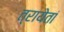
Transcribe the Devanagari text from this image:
त्रायेतां